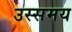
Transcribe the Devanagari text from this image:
उस्समय